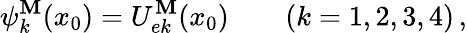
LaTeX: \psi_{k}^{\mathbf{M}}(x_{0})=U_{ek}^{\mathbf{M}}(x_{0})\qquad(k=1,2,3,4)\, ,